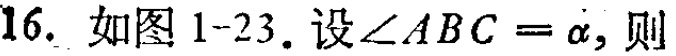
16. 如图1-23. 设$\angle ABC = \alpha$, 则